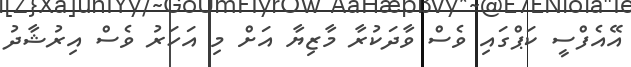
އޭއެފްސީ ކަޕްގައި ވެސް ވާދަކުރާ މާޒިޔާ އަށް މި އަހަރު ވެސް އިރުޝާދު